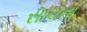
સાચના